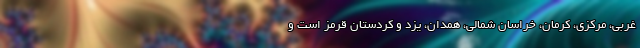
غربی، مرکزی، کرمان، خراسان شمالی، همدان، یزد و کردستان قرمز است و